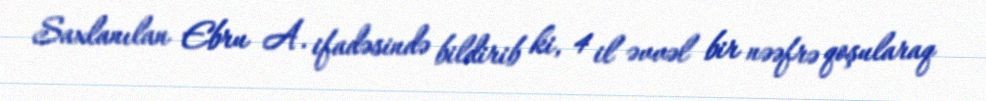
Saxlanılan Ebru A. ifadəsində bildirib ki, 4 il əvvəl bir nəəfrə qoşularaq